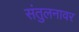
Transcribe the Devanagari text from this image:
संतुलनावर